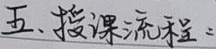
五、授课流程：